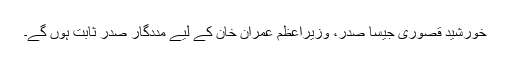
خورشید قصوری جیسا صدر، وزیراعظم عمران خان کے لیے مددگار صدر ثابت ہوں گے۔